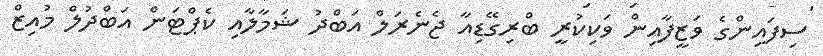
ސިފައިންގެ ވަޒީފާއިން ވަކިކުރީ ބްރިގޭޑިއާ ޖެނެރަލް އަބްދު ޝަމާލާއި ކެޕްޓަން އަބްދުލް މުއިޒް